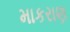
માકરાણ